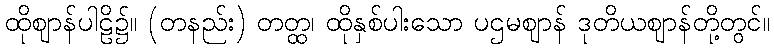
ထိုဈာန်ပါဠိ၌။ (တနည်း) တတ္ထ၊ ထိုနှစ်ပါးသော ပဌမဈာန် ဒုတိယဈာန်တို့တွင်။